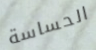
الحساسة